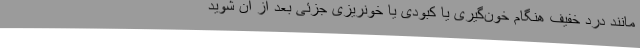
مانند درد خفیف هنگام خون‌گیری یا کبودی یا خونریزی جزئی بعد از آن شوید